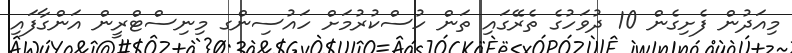
މިއަދުން ފެށިގެން 10 ދުވަހުގެ ތެރޭގައި ތަން ހުސްކުރުމަށް ހައުސިންގ މިނިސްޓްރީން އަންގާފައި